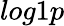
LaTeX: log1p